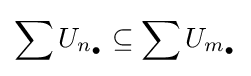
\sum U_{n_{\bullet }}\subseteq \sum U_{m_{\bullet }}